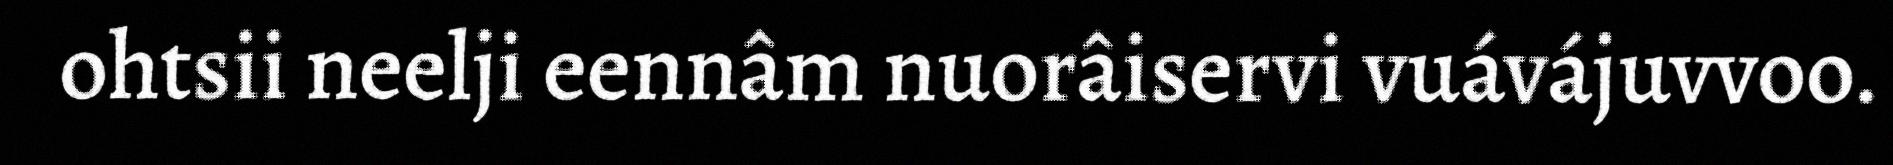
ohtsii neelji eennâm nuorâiservi vuávájuvvoo.